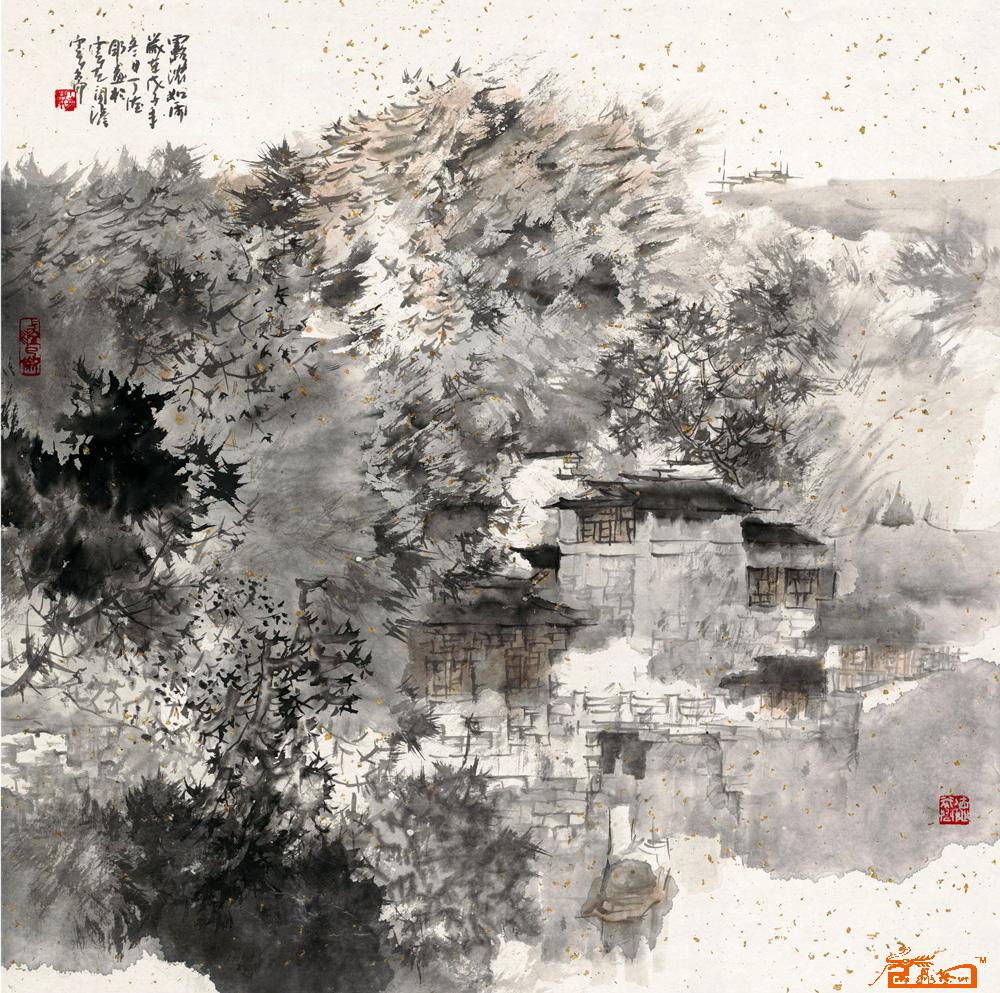
马蹄浓露，鸡声淡月，寂历荒村路。